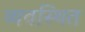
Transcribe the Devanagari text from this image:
व्‍यवस्‍िथत